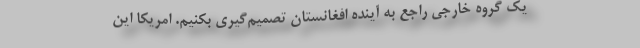
یک گروه خارجی راجع به آینده افغانستان تصمیم‌گیری بکنیم. امریکا این